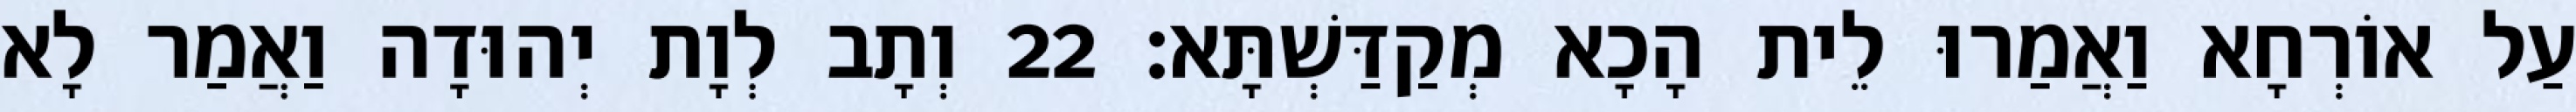
עַל אוֹרְחָא וַאֲמַרוּ לֵית הָכָא מְקַדַּשְׁתָּא׃ 22 וְתָב לְוָת יְהוּדָה וַאֲמַר לָא